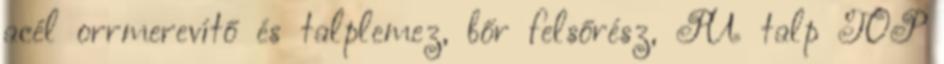
acél orrmerevítő és talplemez, bőr felsőrész, PU talp TOP